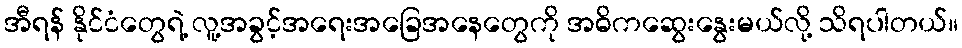
အီရန် နိုင်ငံတွေရဲ့ လူ့အခွင့်အရေးအခြေအနေတွေကို အဓိကဆွေးနွေးမယ်လို့ သိရပါတယ်။